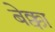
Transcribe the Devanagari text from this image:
बेक्का